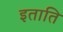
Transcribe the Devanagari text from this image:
इताति